Annual report of the Punjab Veterinary College and of the Civil Veterinary Department, Punjab - 1894-1908
Year: 1894
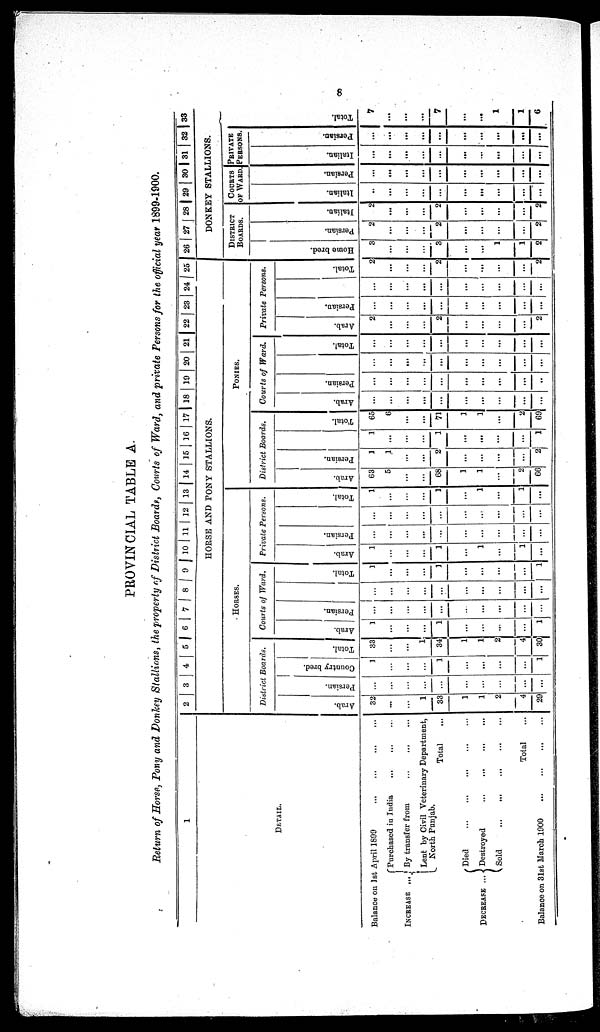
9
PROVINCIAL TABLE A
Return of Horse, Pony and Donkey Stallions, the property of District Boards, Courts of Ward, and private Persons for the official year 1899-1900.
1
DETAIL.
Balance on 1st April 1899 ... ... ...
INCREASE
...
Purchased in India ... ... ...
By transfer from
...
...
Lent by Civil Veterinary Department,
North Punjab.
Total ...
DECREASE ...
Died
...
...
...
...
Destroyed
...
...
...
Sold
...
...
...
Total ...
Balance on 31st March 1900
...
...
...
...
2 3 4 5 6 7 8 9 10 11 12 13 14 15 16 17 18 19 20 21 22 23 24 25
HORSE AND PONY STALLIONS.
HORSES.
District Boards.
Arab.
32
...
...
1
33
1
1
2
4
29
Persian.
...
...
...
...
...
...
...
...
...
...
Country bred.
1
...
...
...
1
...
...
...
...
1
Total.
33
...
...
1
34
1
1
2
4
30
Courts of Ward.
Arab.
1
...
...
...
1
...
...
...
...
1
Persian.
...
...
...
...
...
..
...
...
...
...
...
...
...
...
...
...
...
...
...
...
Total.
1
...
...
...
1
...
...
...
...
1
Private Persons.
Arab.
1
...
...
...
1
...
1
...
1
...
Persian.
...
...
...
...
...
...
...
...
...
...
...
...
...
...
...
...
...
...
...
...
Total.
1
...
...
...
1
...
1
...
1
...
PONIES.
District Boards.
Arab.
63
5
...
...
68
1
1
...
2
66
Persian.
1
1
...
...
2
...
...
...
...
2
1
...
...
...
1
...
...
...
...
1
Total.
65
6
...
...
71
1
1
...
2
69
Courts of Ward.
Arab.
...
...
...
...
...
...
...
...
...
...
Persian.
...
...
...
...
...
...
...
...
...
..
...
...
...
...
...
...
...
...
...
...
Total.
...
...
...
...
...
...
...
...
...
...
Private Persons.
Arab.
2
...
...
...
.
2
...
...
...
...
2
Persian.
...
...
...
...
...
...
...
...
...
...
...
...
...
...
...
...
...
...
...
...
Total.
2
...
...
...
2
...
...
...
...
2
26
27 28 29 30 |31 32 33
DONKEY STALLIONS.
DISTRICT
BOARDS.
Ho me br ed.
3
...
...
...
3
...
...
1
1
2
Persian.
2
...
...
...
2
...
...
...
...
2
Italian.
2
...
...
...
2
...
...
...
...
2
COURTS
OF WARD.
Italian.
...
...
...
...
...
...
...
...
...
...
Persian.
...
...
...
...
...
...
...
...
...
...
PRIVATE
PERSONS.
Italian.
...
...
...
...
...
...
...
...
...
...
Per s i
an.
...
...
...
...
...
...
...
...
...
...
Total.
7
...
...
...
7
...
...
1
1
6